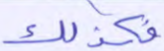
فكذلك